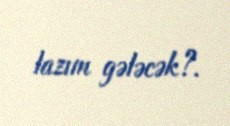
lazım gələcək?.